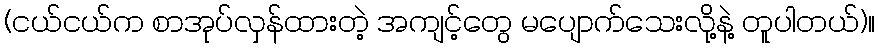
(ငယ်ငယ်က စာအုပ်လှန်ထားတဲ့ အကျင့်တွေ မပျောက်သေးလို့နဲ့ တူပါတယ်)။